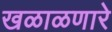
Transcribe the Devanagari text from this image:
खळाळणारे